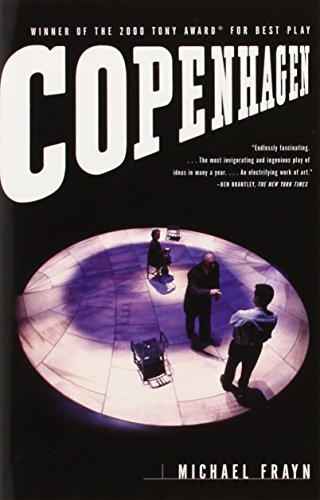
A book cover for Copenhagen; Michael Frayn; Literature & Fiction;